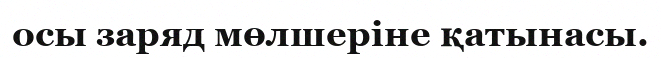
осы заряд мөлшеріне қатынасы.